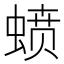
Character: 𰳊